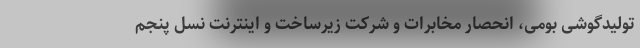
تولیدگوشی بومی، انحصار مخابرات و شرکت زیرساخت و اینترنت نسل پنجم